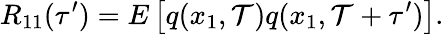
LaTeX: R_{11}(\tau^{\prime})=E\left[q(x_{1},\mathcal{T})q(x_{1},\mathcal{T}+\tau^{\prime})\right].